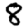
Digit: 8